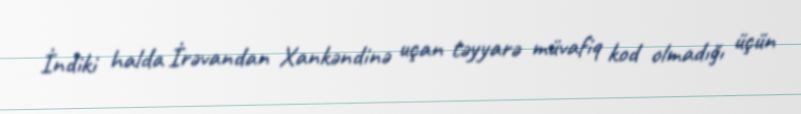
İndiki halda İrəvandan Xankəndinə uçan təyyarə müvafiq kod olmadığı üçün